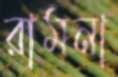
রামনা